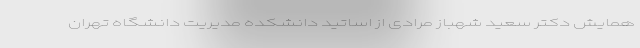
همایش دکتر سعید شهباز مرادی از اساتید دانشکده مدیریت دانشگاه تهران